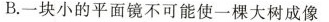
B.一块小的平面镜不可能使一棵大树成像